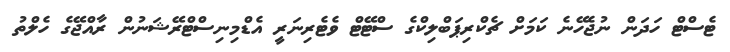
ޓެސްޓް ހަދަން ނުޖެހޭނެ ކަމަށް ޗެކްރިޕަބްލިކްގެ ސްޓޭޓް ވެޓެރިނަރީ އެޑްމިނިސްޓްރޭޝަނުން ރާއްޖޭގެ ހެލްތު